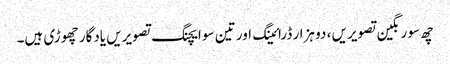
چھ سو رنگین تصویریں ، دو ہزار ڈرائینگ اور تین سو ایچنگ تصویریں یادگار چھوڑی ہیں۔